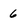
Character: 6